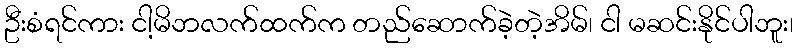
ဦးစံရင်ကား ငါ့မိဘလက်ထက်က တည်ဆောက်ခဲ့တဲ့အိမ်၊ ငါ မဆင်းနိုင်ပါဘူး၊